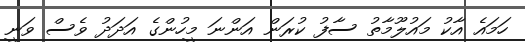
ހަމައެ އާކު މައުލޫމާތު ސާފު ކުރަން އަންނަ މީހުންގެ އަދަދު ވެސް ވަނީ